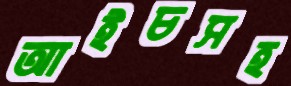
আইচসহ